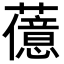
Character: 𬟆